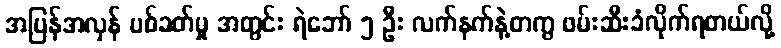
အပြန်အလှန် ပစ်ခတ်မှု အတွင်း ရဲဘော် ၅ ဦး လက်နက်နဲ့တကွ ဖမ်းဆီးခံလိုက်ရတယ်လို့